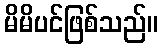
မိမိပင်ဖြစ်သည်။